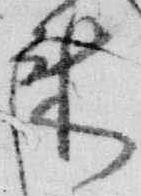
来